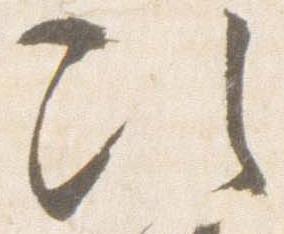
次